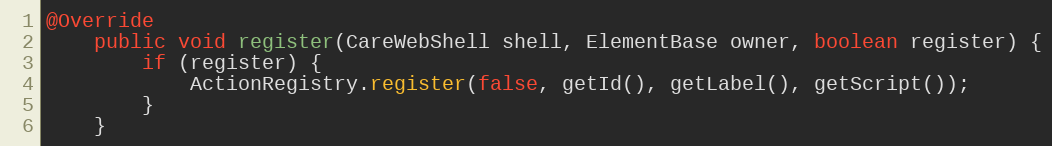
Language: Java
@Override
    public void register(CareWebShell shell, ElementBase owner, boolean register) {
        if (register) {
            ActionRegistry.register(false, getId(), getLabel(), getScript());
        }
    }